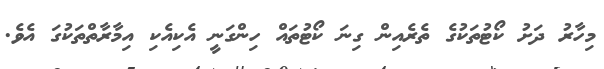
މިހާރު ދަށު ކޯޓުތަކުގެ ތެރެއިން ގިނަ ކޯޓުތައް ހިންގަނީ އެކިއެކި އިމާރާތްތަކުގަ އެވެ.